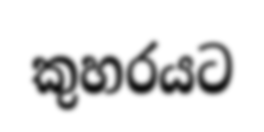
කුහරයට